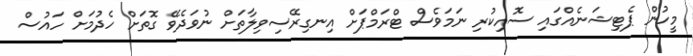
މީހުން ޕެޓިޝަނެއްގައި ސޮއިކުރި ނަމަވެސް ޓްރަމްޕަށް އިނގިރޭސިވިލާތަށް ނުވަދެވޭ ގޮތަށް ހެދުމަށް ހައުސް